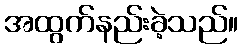
အထွက်နည်းခဲ့သည်။